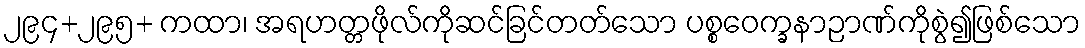
၂၉၄+၂၉၅+ ကထာ၊ အရဟတ္တဖိုလ်ကိုဆင်ခြင်တတ်သော ပစ္စဝေက္ခနာဉာဏ်ကိုစွဲ၍ဖြစ်သော